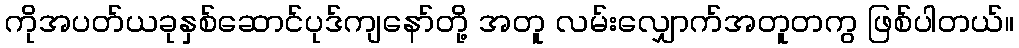
ကိုအပတ်ယခုနှစ်ဆောင်ပုဒ်ကျနော်တို့ အတူ လမ်းလျှောက်အတူတကွ ဖြစ်ပါတယ်။